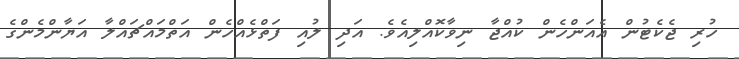
ހުރި ޖެކެޓުން އެއަންހެން ކުއްޖާ ނިވާކޮއްލިއެވެ. އަދި ލުއި ފަތްޅެއްހެން އަަތްމައްޗައްލާ އަޔާންމެންގެ